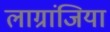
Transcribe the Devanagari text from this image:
लाग्रांजिया